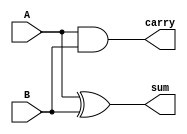
module HalfAdder 
(
	input A,B,
	output sum, carry
);
 
  assign sum   = A ^ B;  // xor
  assign carry = A & B;  // and
 
endmodule